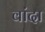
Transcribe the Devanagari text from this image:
वांदा